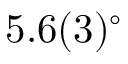
5 . 6 ( 3 ) ^ { \circ }